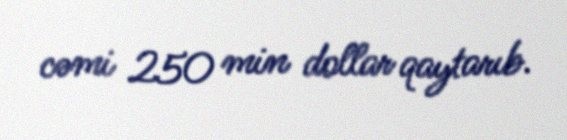
cəmi 250 min dollar qaytarıb.